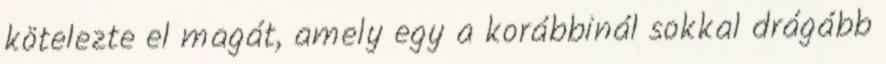
kötelezte el magát, amely egy a korábbinál sokkal drágább